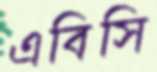
এবিসি